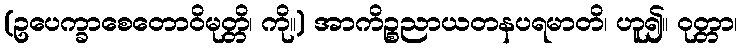
(ဥပေက္ခာစေတောဝိမုတ္တိ၊ ကို။) အာကိဉ္စညာယတနပရမာတိ၊ ဟူ၍။ ဝုတ္တာ၊